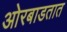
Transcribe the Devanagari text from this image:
ओरबाडतात